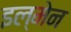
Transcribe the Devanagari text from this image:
इल्मेन